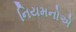
નિયમનોએ